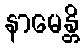
နာမေန္တိ